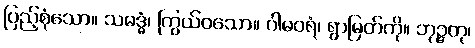
ပြည့်စုံသော။ သမဒ္ဓံ၊ ကြွယ်ဝသော။ ဂါမဝရံ၊ ရွာမြတ်ကို။ ဘုဉ္ဇတု၊